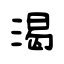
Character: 渴